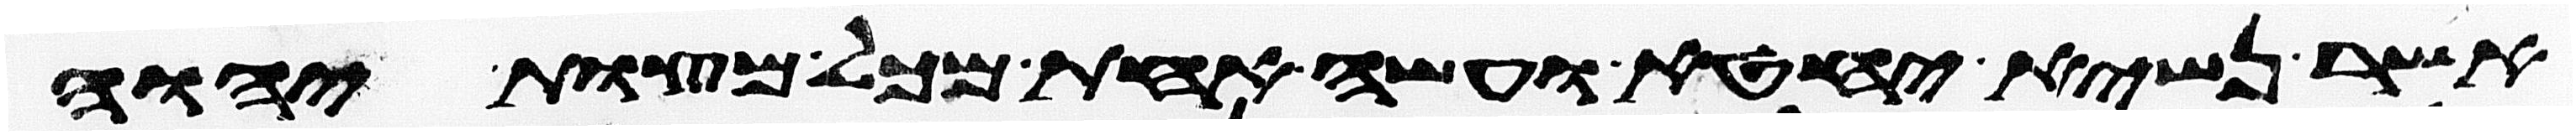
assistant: אשר נשיא יחטא ועשה אחת מכל מצות יהוה